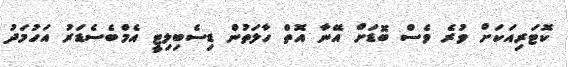
ކޮޓަރިއަކަށް ވުރެ ވެސް ބޮޑަށް އޭނާ އޮތް ހާލަތުން ޑިސެބިލިޓީ އެމްބެސެޑަރު އަހުމަދު